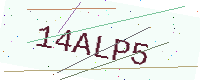
Text: 14ALP5